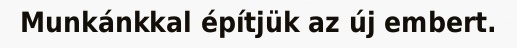
Munkánkkal építjük az új embert.